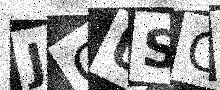
Text: JCUSG7